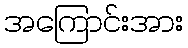
အကြောင်းအား